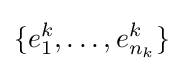
\{e_{1}^{k},\ldots ,e_{n_{k}}^{k}\}